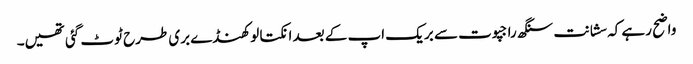
واضح رہے کہ سشانت سنگھ راجپوت سے بریک اپ کے بعد انکتا لوکھنڈے بری طرح ٹوٹ گئی تھیں۔